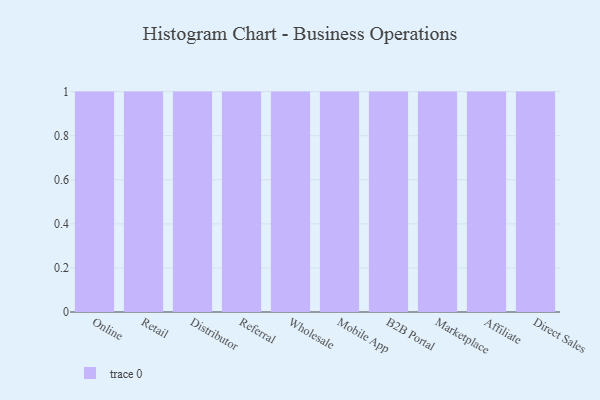
{"axis": {"x": "Channel", "y": "Headcount"}, "legend": [""], "data": [{"x": "Online", "y": 66, "type": ""}, {"x": "Retail", "y": 79, "type": ""}, {"x": "Distributor", "y": 24, "type": ""}, {"x": "Referral", "y": 17, "type": ""}, {"x": "Wholesale", "y": 1, "type": ""}, {"x": "Mobile App", "y": 9, "type": ""}, {"x": "B2B Portal", "y": 59, "type": ""}, {"x": "Marketplace", "y": 96, "type": ""}, {"x": "Affiliate", "y": 51, "type": ""}, {"x": "Direct Sales", "y": 38, "type": ""}]}